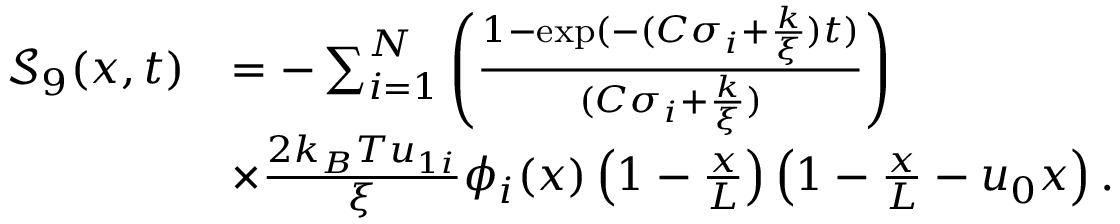
\begin{array} { r l } { \mathcal { S } _ { 9 } ( x , t ) } & { = - \sum _ { i = 1 } ^ { N } \left( \frac { 1 - \exp ( - ( C \sigma _ { i } + \frac { k } { \xi } ) t ) } { ( C \sigma _ { i } + \frac { k } { \xi } ) } \right) } \\ & { \times \frac { 2 k _ { B } T u _ { 1 i } } { \xi } \phi _ { i } ( x ) \left( 1 - \frac { x } { L } \right) \left( 1 - \frac { x } { L } - u _ { 0 } x \right) . } \end{array}